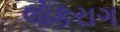
લોકરાગ